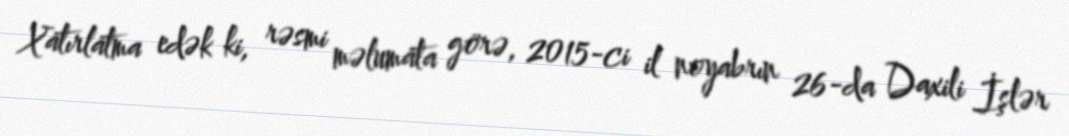
Xatırlatma edək ki, rəsmi məlumata görə, 2015-ci il noyabrın 26-da Daxili İşlər